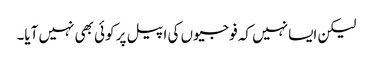
لیکن ایسا نہیں کہ فوجیوں کی اپیل پر کوئی بھی نہیں آیا۔